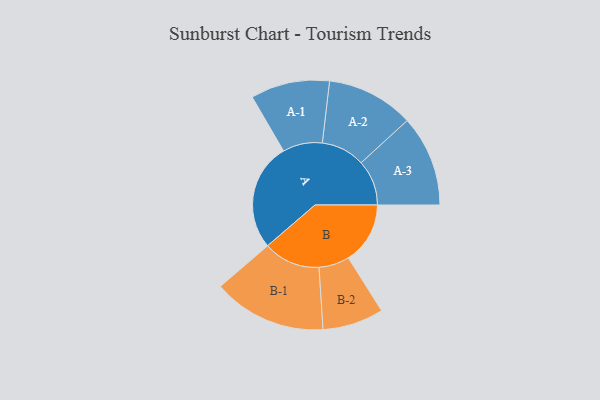
{"axis": {"x": "Segment", "y": "Value"}, "legend": ["", "A", "B"], "data": [{"x": "A", "y": 468, "type": ""}, {"x": "B", "y": 269, "type": ""}, {"x": "A-1", "y": 172, "type": "A"}, {"x": "A-2", "y": 190, "type": "A"}, {"x": "A-3", "y": 198, "type": "A"}, {"x": "B-1", "y": 247, "type": "B"}, {"x": "B-2", "y": 133, "type": "B"}]}